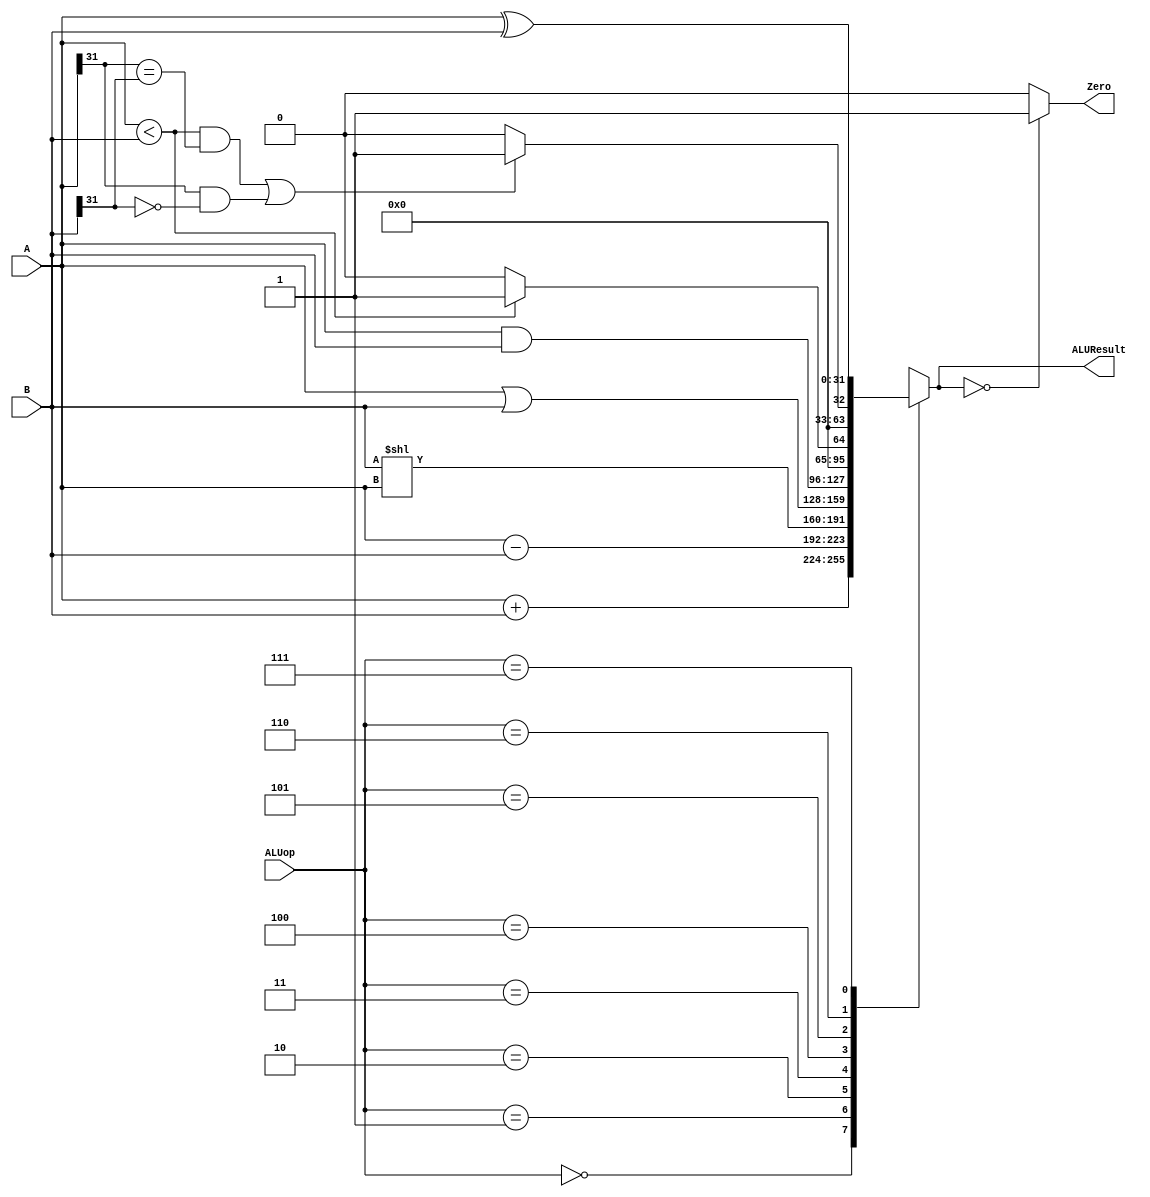
`timescale 1ns / 1ps
//////////////////////////////////////////////////////////////////////////////////
// Company: 
// Engineer: 
// 
// Design Name: 
// Module Name: ALU
// Project Name: 
// Target Devices: 
// Tool Versions: 
// Description: 
// 
// Dependencies: 
// 
// Revision:
// Revision 0.01 - File Created
// Additional Comments:
// 
//////////////////////////////////////////////////////////////////////////////////


module ALU(
    input [31:0] A,     
    input [31:0] B,     
    input [2:0] ALUop,  
    output Zero,             
    output reg [31:0] ALUResult     
    );
    
    always @(ALUop or A or B) begin
        case (ALUop)
            3'b000 : ALUResult = A + B;
            3'b001 : ALUResult = A - B;
            3'b010 : ALUResult = B << A;
            3'b011 : ALUResult = A | B;
            3'b100 : ALUResult = A & B;
            3'b101 : ALUResult = A < B ? 1 : 0;
            3'b110 : ALUResult = ((A < B) && (A[31] == B[31])) || ((A[31]==1 && B[31]==0)) ? 1 : 0;
            3'b111 : ALUResult = A ^ B;
            default : ALUResult = 0;
        endcase
    end
    
    assign Zero = (ALUResult == 0) ? 1 : 0;
endmodule